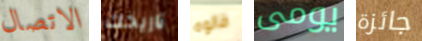
الاتصال تاريخك قالوه يومى جائزة